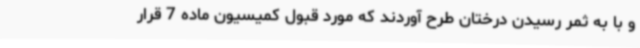
و با به ثمر رسیدن درختان طرح آوردند که مورد قبول کمیسیون ماده 7 قرار